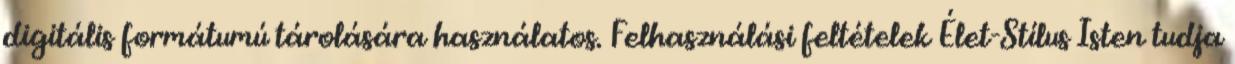
digitális formátumú tárolására használatos. Felhasználási feltételek Élet-Stílus Isten tudja